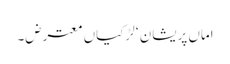
اماں پریشان ‘ لڑکیاں معترض۔